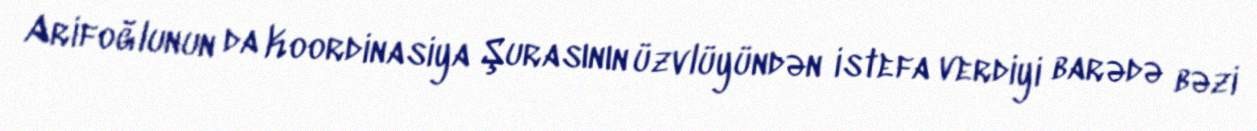
Arifoğlunun da Koordinasiya Şurasının üzvlüyündən istefa verdiyi barədə bəzi